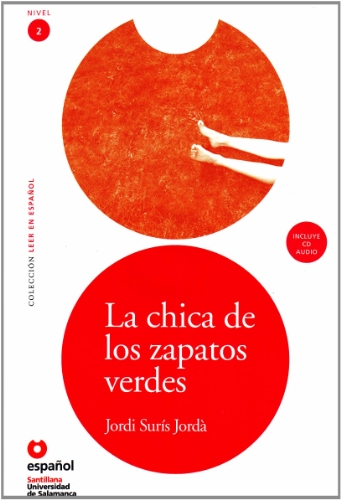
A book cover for La chica de los zapatos verdes (Bk & CD) / The Girl With the Green Shoes (Bk & CD) (Leer En Espanol Level 2) (Spanish Edition); Jordi Suris Jorda; Teen & Young Adult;